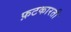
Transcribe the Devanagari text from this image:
फ़टकारती